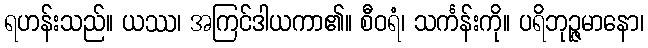
ရဟန်းသည်။ ယဿ၊ အကြင်ဒါယကာ၏။ စီဝရံ၊ သင်္ကန်းကို။ ပရိဘုဉ္ဇမာနော၊